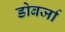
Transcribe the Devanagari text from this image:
डोबर्जा